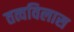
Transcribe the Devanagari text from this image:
तत्वविलास